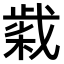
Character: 𢧹